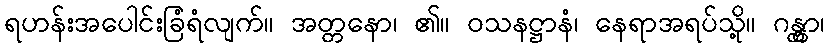
ရဟန်းအပေါင်းခြံရံလျက်။ အတ္တနော၊ ၏။ ဝသနဋ္ဌာနံ၊ နေရာအရပ်သို့။ ဂန္တွာ၊